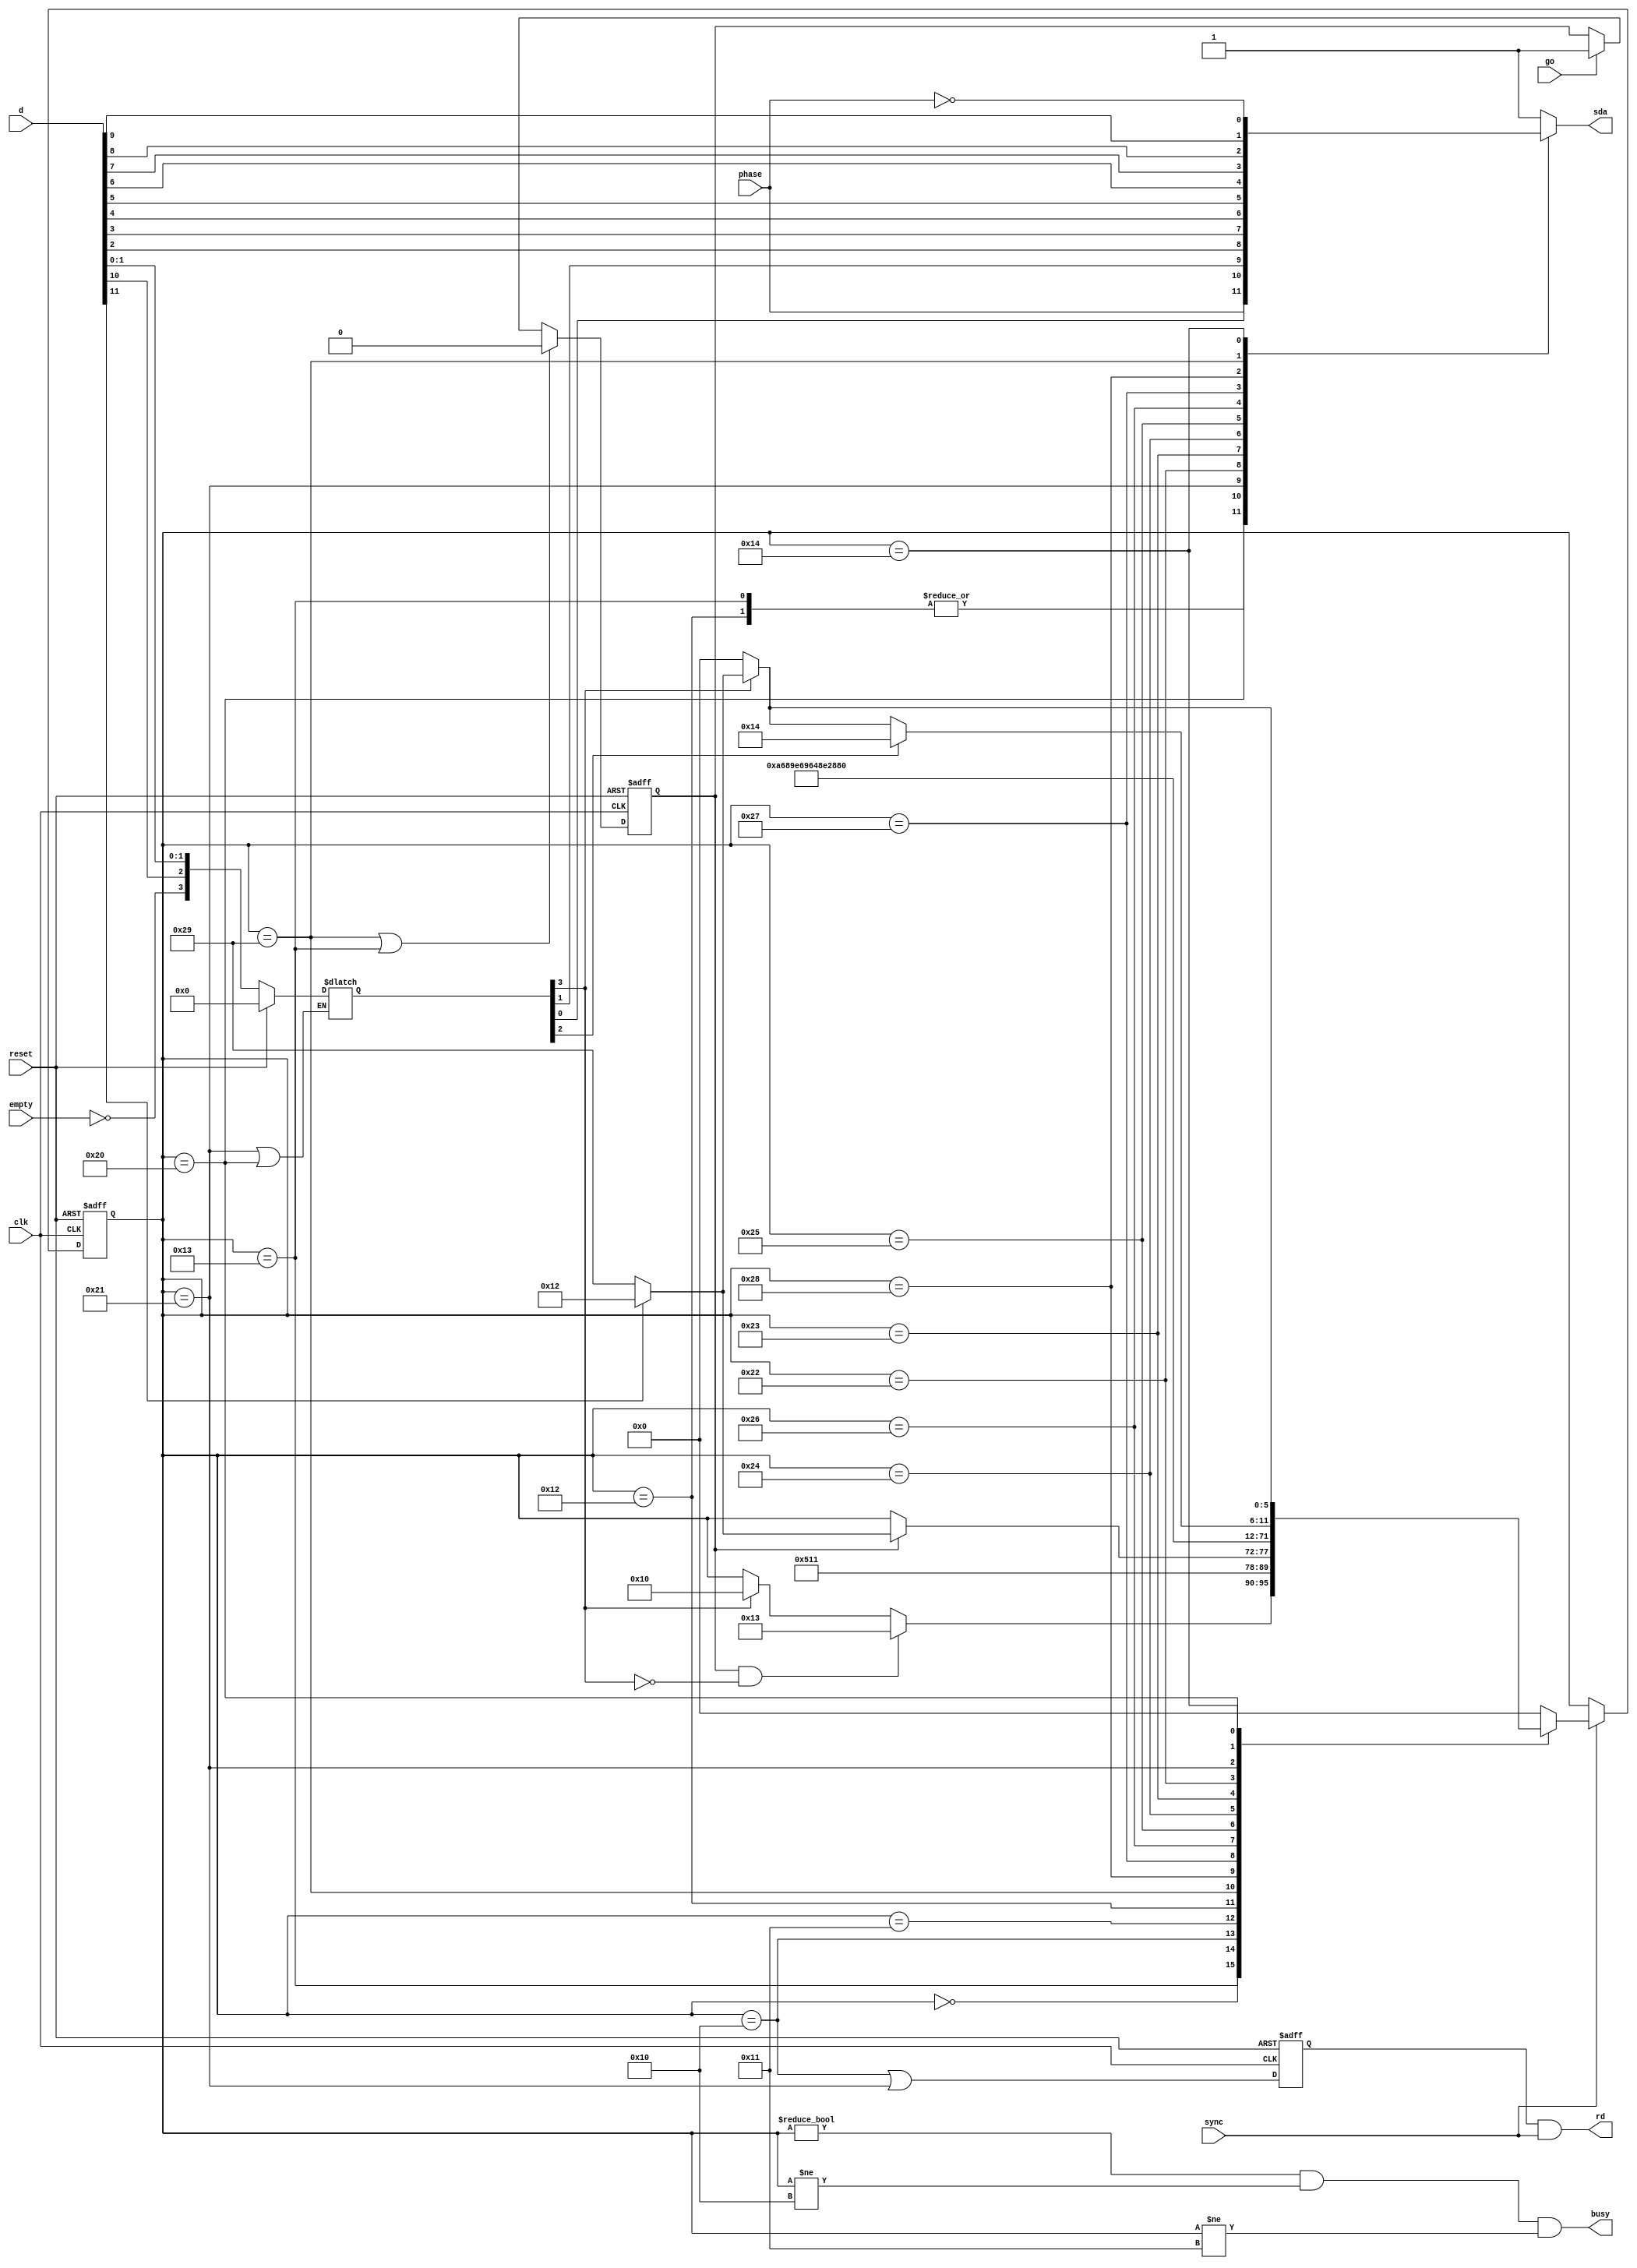
module psi2c_bitsend
(
	input clk,
	input sync,
	input reset,
	input phase,
	input go,
	input empty,
	output rd,
	output busy,
	input [11:0]d,
	output reg sda
);
  reg goff;
	wire hold;

  // latch = {empty, d[10]=p, d[1:0] = data[1:0]}
  reg [3:0]latch;
  always @(*) if (!hold) latch <= reset ? 4'b0000 : {!empty, d[10], d[1:0]};

  wire s = d[11];    // i2c start
  wire p = latch[2];  // i2c stop
  wire [9:0]data = {d[9:2], latch[1:0]}; // i2c data (10 bit)
  wire em = !latch[3]; // empty

  // state machine
	localparam sm_idle   = 6'b000000;  // idle
	localparam sm_load   = 6'b010000;  // read fifo
	localparam sm_wait   = 6'b010001;  // wait for go
	localparam sm_start1 = 6'b010010;  // generate i2c start
	localparam sm_start2 = 6'b010011;  // i2c start -> i2c stop
	localparam sm_bit0   = 6'b100000;  // send bit0 (last)
	localparam sm_bit1   = 6'b100001;
	localparam sm_bit2   = 6'b100010;
	localparam sm_bit3   = 6'b100011;
	localparam sm_bit4   = 6'b100100;
	localparam sm_bit5   = 6'b100101;
	localparam sm_bit6   = 6'b100110;
	localparam sm_bit7   = 6'b100111;
	localparam sm_bit8   = 6'b101000;
	localparam sm_bit9   = 6'b101001;  // send bit 9 (first)
	localparam sm_stop   = 6'b010100;  // generate i2c stop

  // sequencer
	reg [5:0]sm;
	always @(posedge clk or posedge reset)
	begin
		if (reset) sm <= sm_idle;
		else if (sync)
		case (sm)
			sm_idle:   if (goff && em) sm <= sm_start2; // start-stop sequence
			           else if (!em)  sm <= sm_load;   // regular data sequence
			sm_start2: sm <= sm_stop;

			sm_load:   sm <= sm_wait;
			sm_wait:   if (goff) sm <= s ? sm_start1 : sm_bit9;
			
			sm_start1: sm <= sm_bit9;
			sm_bit9:   sm <= sm_bit8;
			sm_bit8:   sm <= sm_bit7;
			sm_bit7:   sm <= sm_bit6;
			sm_bit6:   sm <= sm_bit5;
			sm_bit5:   sm <= sm_bit4;
			sm_bit4:   sm <= sm_bit3;
			sm_bit3:   sm <= sm_bit2;
			sm_bit2:   sm <= sm_bit1;
			sm_bit1:   sm <= sm_bit0;
			sm_bit0:   if (p) sm <= sm_stop;
			           else if (em) sm <= sm_idle;
			           else sm <= s ? sm_start1 : sm_bit9;
			sm_stop:   if (em) sm <= sm_idle;
			           else sm <= s ? sm_start1 : sm_bit9;
			default: sm <= sm_idle;
		endcase
	end

  // sda assignment	
	always @(*)
	begin
		case (sm)
			sm_start1: sda <= phase;
			sm_start2: sda <= phase;
			sm_bit0:   sda <= data[0];
			sm_bit1:   sda <= data[1];
			sm_bit2:   sda <= data[2];
			sm_bit3:   sda <= data[3];
			sm_bit4:   sda <= data[4];
			sm_bit5:   sda <= data[5];
			sm_bit6:   sda <= data[6];
			sm_bit7:   sda <= data[7];
			sm_bit8:   sda <= data[8];
			sm_bit9:   sda <= data[9];
			sm_stop:   sda <= !phase;
			default:   sda <= 1;
		endcase
	end

  assign hold = (sm == sm_bit1) || (sm == sm_bit0);
  assign busy = (sm != sm_idle) && (sm != sm_load) && (sm != sm_wait);

  // go srff
	always @(posedge clk or posedge reset)
	begin
		if (reset) goff <= 0;
		else if ((sm == sm_bit9) || (sm == sm_start2)) goff <= 0;
		else if (go) goff <= 1;
	end

  // fifo read ff
  reg rdff;
  always @(posedge clk or posedge reset)
  begin
    if (reset) rdff <= 0;
    else rdff <= (sm == sm_load) || (sm == sm_bit1);
  end
  assign rd = rdff && sync;

endmodule